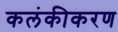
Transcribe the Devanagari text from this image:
कलंकीकरण